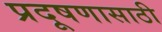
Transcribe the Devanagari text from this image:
प्रदूषणासाठी